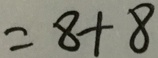
= 8 + 8